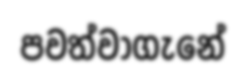
පවත්වාගැනේ